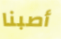
أصبنا